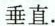
垂直.